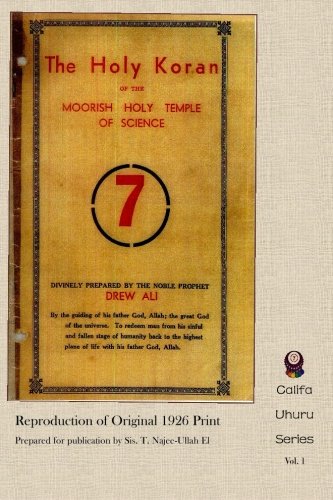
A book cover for The Holy Koran of the Moorish Holy Temple of Science - Circle 7: Re-print of Original 1926 Publication (Califa Uhuru) (Volume 1); Noble Prophet Drew Ali; Religion & Spirituality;